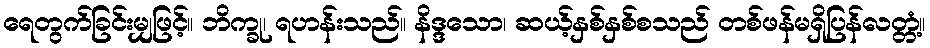
ရေတွက်ခြင်းမျှဖြင့်။ ဘိက္ခု၊ ရဟန်းသည်။ နိဒ္ဒသော၊ ဆယ့်နှစ်နှစ်စသည် တစ်ဖန်မရှိပြန်လတ္တံ့။